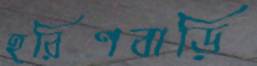
হরিণবাড়ি